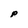
Character: P